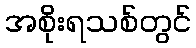
အစိုးရသစ်တွင်